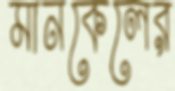
মানকেলের